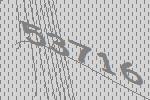
53716